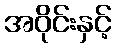
အဝိုင်းနှင့်